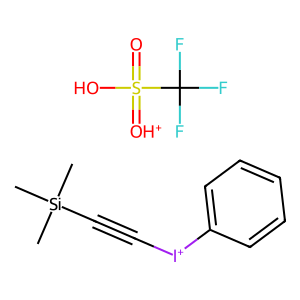
SMILES: C[Si](C)(C)C#C[I+]c1ccccc1.O=S(O)(=[OH+])C(F)(F)F
Inhibits HIV replication: No